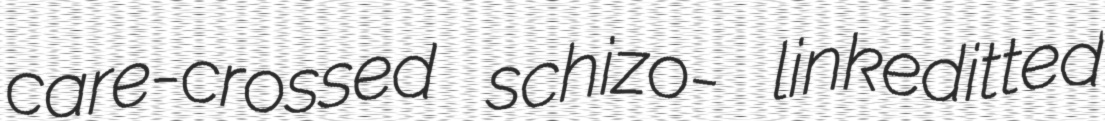
care-crossed schizo- linkeditted